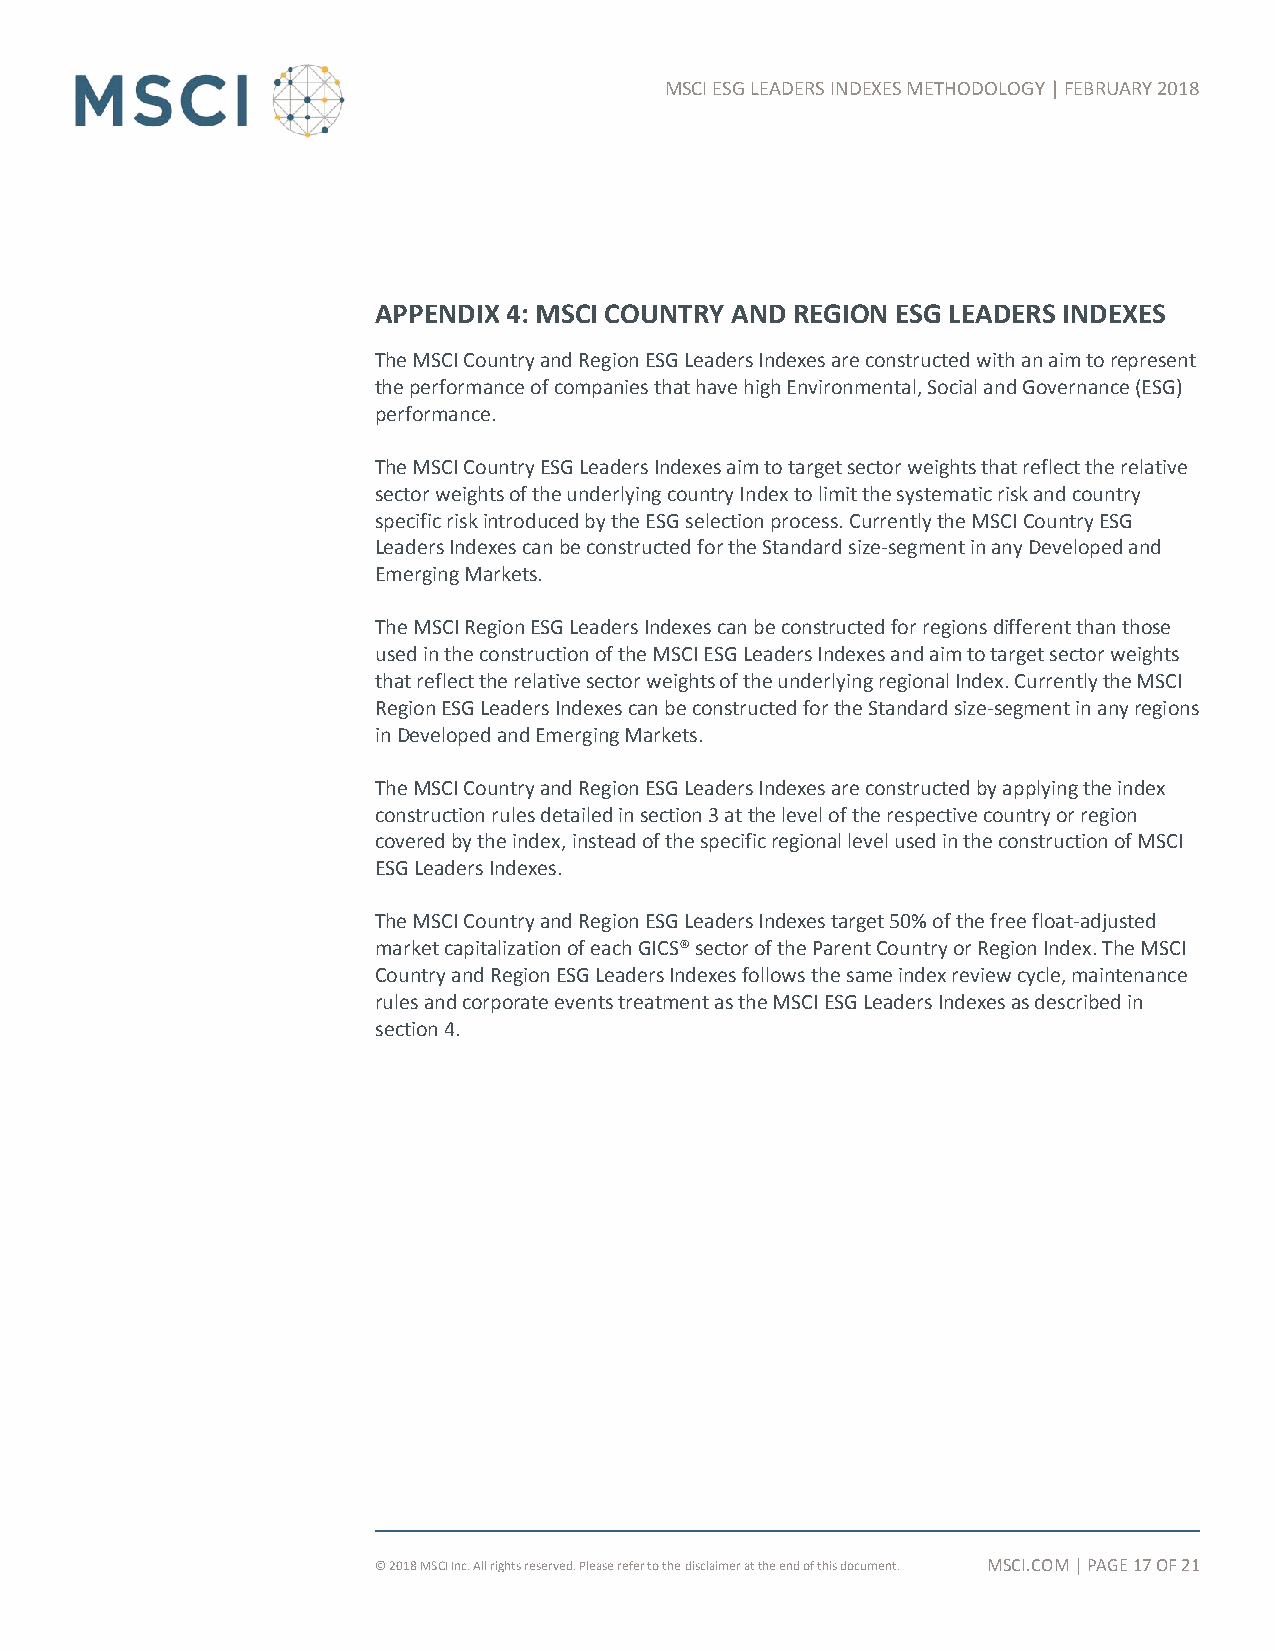
MSCI ESG LEADERS INDEXES METHODOLOGY | FEBRUARY 2018
 APPENDIX 4: MSCI COUNTRY AND REGION ESG LEADERS INDEXES
 The MSCI Country and Region ESG Leaders Indexes are constructed with an aim to represent
 the performance of companies that have high Environmental, Social and Governance (ESG)
 performance.
 The MSCI Country ESG Leaders Indexes aim to target sector weights that reflect the relative
 sector weights of the underlying country Index to limit the systematic risk and country
 specific risk introduced by the ESG selection process. Currently the MSCI Country ESG
 Leaders Indexes can be constructed for the Standard size-segment in any Developed and
 Emerging Markets.
 The MSCI Region ESG Leaders Indexes can be constructed for regions different than those
 used in the construction of the MSCI ESG Leaders Indexes and aim to target sector weights
 that reflect the relative sector weights of the underlying regional Index. Currently the MSCI
 Region ESG Leaders Indexes can be constructed for the Standard size-segment in any regions
 in Developed and Emerging Markets.
 The MSCI Country and Region ESG Leaders Indexes are constructed by applying the index
 construction rules detailed in section 3 at the level of the respective country or region
 covered by the index, instead of the specific regional level used in the construction of MSCI
 ESG Leaders Indexes.
 The MSCI Country and Region ESG Leaders Indexes target 50% of the free float-adjusted
 market capitalization of each GICS® sector of the Parent Country or Region Index. The MSCI
 Country and Region ESG Leaders Indexes follows the same index review cycle, maintenance
 rules and corporate events treatment as the MSCI ESG Leaders Indexes as described in
 section 4.
 © 2018 MSCI Inc. All rights reserved. Please refer to the disclaimer at the end of this document. MSCI.COM | PAGE 17 OF 21